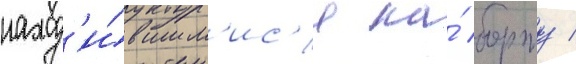
наход'и́вшим'ис'я на́ борту /